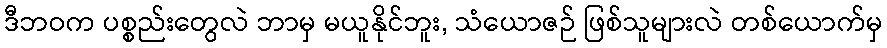
ဒီဘဝက ပစ္စည်းတွေလဲ ဘာမှ မယူနိုင်ဘူး, သံယောဇဉ် ဖြစ်သူများလဲ တစ်ယောက်မှ